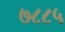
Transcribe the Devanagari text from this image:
७८८५